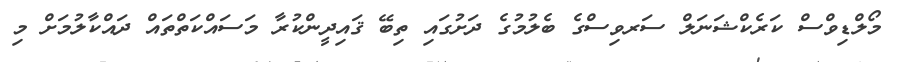
މޯލްޑިވްސް ކަރެކްޝަނަލް ސަރވިސްގެ ބެލުމުގެ ދަށުގައި ތިބޭ ޤައިދީންކުރާ މަސައްކަތްތައް ދައްކާލުމަށް މި